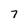
Character: 7